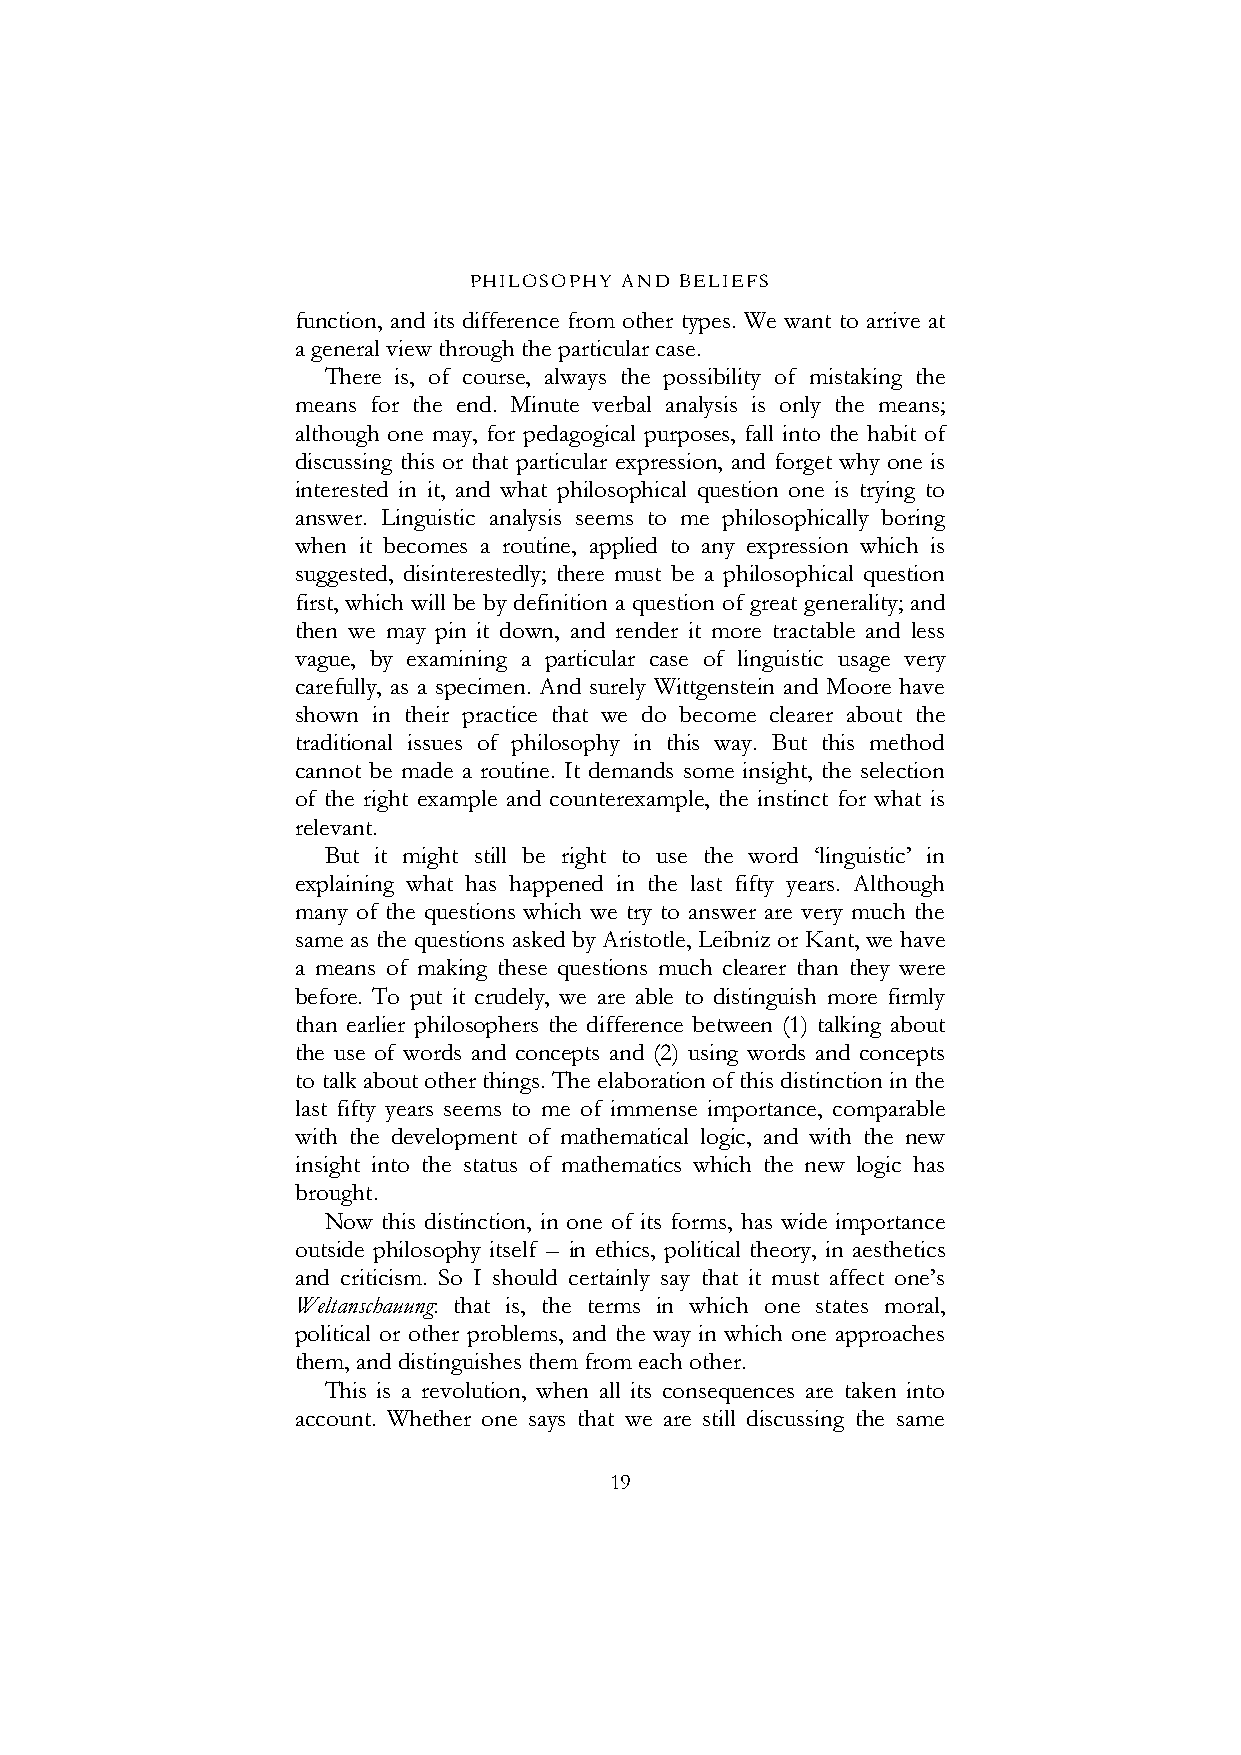
PHILOSOPHY AND BELIEFS
 function, and its difference from other types. We want to arrive at
 a general view through the particular case.
 There is, of course, always the possibility of mistaking the
 means for the end. Minute verbal analysis is only the means;
 although one may, for pedagogical purposes, fall into the habit of
 discussing this or that particular expression, and forget why one is
 interested in it, and what philosophical question one is trying to
 answer. Linguistic analysis seems to me philosophically boring
 when it becomes a routine, applied to any expression which is
 suggested, disinterestedly; there must be a philosophical question
 first, which will be by definition a question of great generality; and
 then we may pin it down, and render it more tractable and less
 vague, by examining a particular case of linguistic usage very
 carefully, as a specimen. And surely Wittgenstein and Moore have
 shown in their practice that we do become clearer about the
 traditional issues of philosophy in this way. But this method
 cannot be made a routine. It demands some insight, the selection
 of the right example and counterexample, the instinct for what is
 relevant.
 But it might still be right to use the word ‘linguistic’ in
 explaining what has happened in the last fifty years. Although
 many of the questions which we try to answer are very much the
 same as the questions asked by Aristotle, Leibniz or Kant, we have
 a means of making these questions much clearer than they were
 before. To put it crudely, we are able to distinguish more firmly
 than earlier philosophers the difference between (1) talking about
 the use of words and concepts and (2) using words and concepts
 to talk about other things. The elaboration of this distinction in the
 last fifty years seems to me of immense importance, comparable
 with the development of mathematical logic, and with the new
 insight into the status of mathematics which the new logic has
 brought.
 Now this distinction, in one of its forms, has wide importance
 outside philosophy itself – in ethics, political theory, in aesthetics
 and criticism. So I should certainly say that it must affect one’s
 Weltanschauung: that is, the terms in which one states moral,
 political or other problems, and the way in which one approaches
 them, and distinguishes them from each other.
 This is a revolution, when all its consequences are taken into
 account. Whether one says that we are still discussing the same
 19